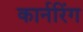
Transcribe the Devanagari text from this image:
कार्नरिंग